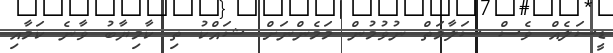
ޑީސަލެއް ވެސް ސަލާމަތް ނުވުމުން މަމެންނަށް ޝައްކު ތި ކާމިޔާބު ވާނެ ކަމާއި